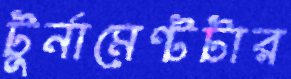
টুর্নামেন্টটার